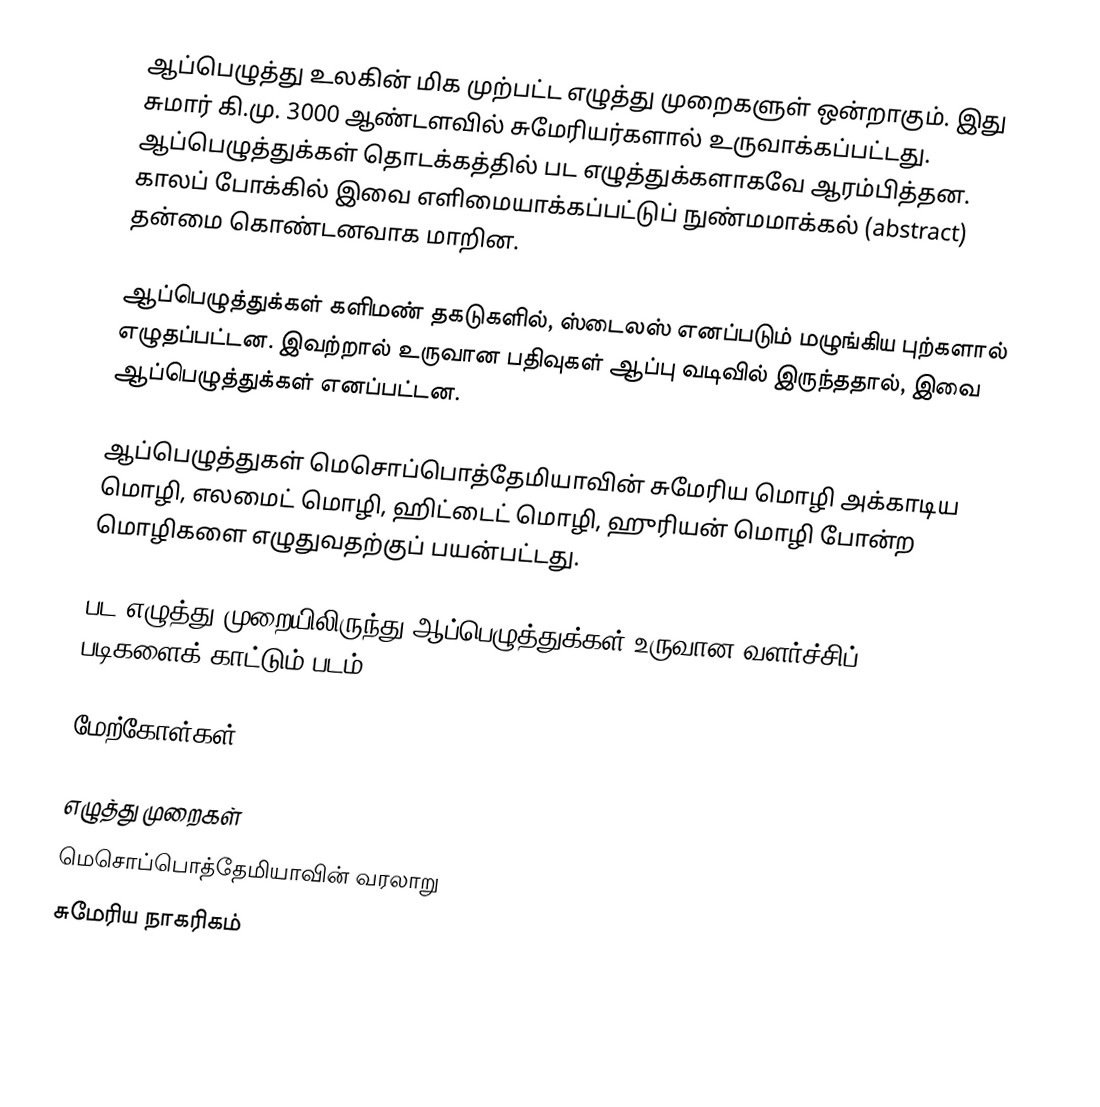
ஆப்பெழுத்து உலகின் மிக முற்பட்ட எழுத்து முறைகளுள் ஒன்றாகும். இது சுமார் கி.மு. 3000 ஆண்டளவில் சுமேரியர்களால் உருவாக்கப்பட்டது. ஆப்பெழுத்துக்கள் தொடக்கத்தில் பட எழுத்துக்களாகவே ஆரம்பித்தன. காலப் போக்கில் இவை எளிமையாக்கப்பட்டுப் நுண்மமாக்கல் (abstract) தன்மை கொண்டனவாக மாறின.

ஆப்பெழுத்துக்கள் களிமண் தகடுகளில், ஸ்டைலஸ் எனப்படும் மழுங்கிய புற்களால் எழுதப்பட்டன. இவற்றால் உருவான பதிவுகள் ஆப்பு வடிவில் இருந்ததால், இவை ஆப்பெழுத்துக்கள் எனப்பட்டன.

ஆப்பெழுத்துகள் மெசொப்பொத்தேமியாவின் சுமேரிய மொழி அக்காடிய மொழி, எலமைட் மொழி, ஹிட்டைட் மொழி, ஹுரியன் மொழி போன்ற மொழிகளை எழுதுவதற்குப் பயன்பட்டது.

 பட எழுத்து முறையிலிருந்து ஆப்பெழுத்துக்கள் உருவான வளர்ச்சிப் படிகளைக் காட்டும் படம்.

மேற்கோள்கள்

எழுத்து முறைகள்
மெசொப்பொத்தேமியாவின் வரலாறு
சுமேரிய நாகரிகம்